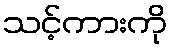
သင့်ကားကို